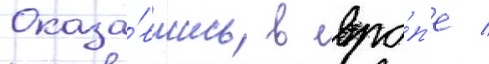
Оказа́вшись в евро́п'е /